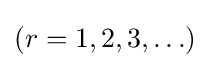
(r=1,2,3,\ldots )